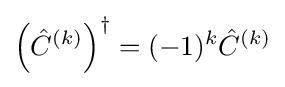
\left({\hat {C}}^{(k)}\right)^{\dagger }=(-1)^{k}{\hat {C}}^{(k)}